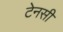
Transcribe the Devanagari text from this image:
टेनसी